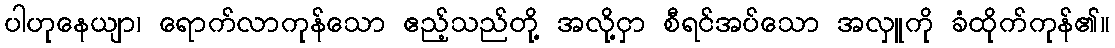
ပါဟုနေယျာ၊ ရောက်လာကုန်သော ဧည့်သည်တို့ အလို့ငှာ စီရင်အပ်သော အလှူကို ခံထိုက်ကုန်၏။